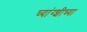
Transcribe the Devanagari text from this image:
च्यांग्शीच्या